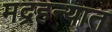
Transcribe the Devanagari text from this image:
मद्रहन्यात